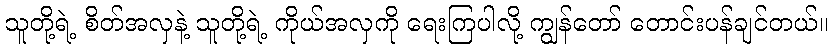
သူတို့ရဲ့ စိတ်အလှနဲ့ သူတို့ရဲ့ ကိုယ်အလှကို ရေးကြပါလို့ ကျွန်တော် တောင်းပန်ချင်တယ်။